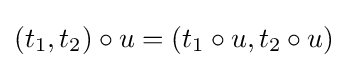
(t_{1},t_{2})\circ u=(t_{1}\circ u,t_{2}\circ u)